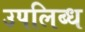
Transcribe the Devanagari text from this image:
उपलिब्ध